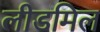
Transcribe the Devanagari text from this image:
लीडमिल